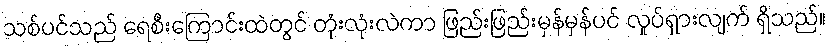
သစ်ပင်သည် ရေစီးကြောင်းထဲတွင် တုံးလုံးလဲကာ ဖြည်းဖြည်းမှန်မှန်ပင် လှုပ်ရှားလျက် ရှိသည်။